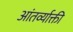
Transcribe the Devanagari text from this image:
आंतर्व्याक्ती